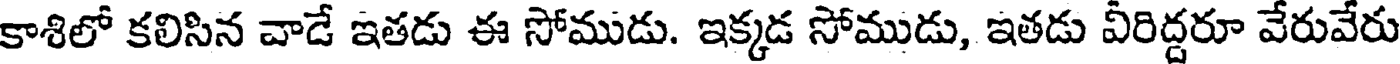
కాశిలో కలిసిన వాడే ఇతడు ఈ సోముడు. ఇక్కడ సోముడు, ఇతడు వీరిద్దరూ వేరువేరు